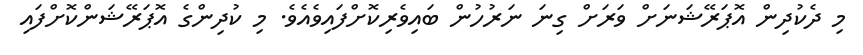
މި ދެކުދިން އޮޕަރޭޝަނަށް ވަރަށް ގިނަ ނަރުހުން ބައިވެރިކޮށްފައިވެއެވެ. މި ކުދިންގެ އޮޕަރޭޝަންކޮށްފައި